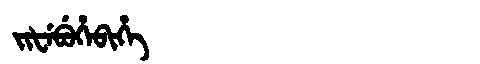
Manchu: ᠵᡳᡶᡝᠪᡠᡥᡝᠪᡳᡥᡝ
Romanization: JIFEBUHEBIHE